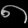
Digit: ၈